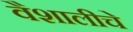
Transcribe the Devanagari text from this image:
वैशालीचे